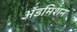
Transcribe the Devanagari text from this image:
अॅडमिशन